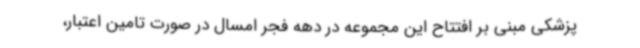
پزشکی مبنی بر افتتاح این مجموعه در دهه فجر امسال در صورت تامین اعتبار،